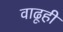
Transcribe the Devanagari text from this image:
वाढूही